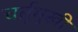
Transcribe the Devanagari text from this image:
चर्तुमुखी